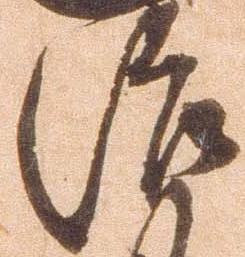
治